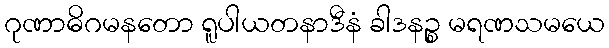
ဂုဏာဓိဂမနတော ရူပါယတနာဒီနံ ခါဒနဉ္စ မရဏသမယေ